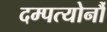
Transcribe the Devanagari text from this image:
दम्पत्योर्नौ